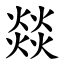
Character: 燚